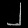
Digit: ၂